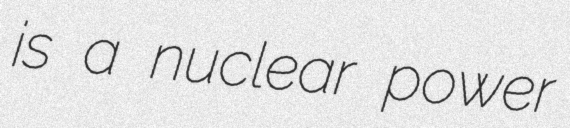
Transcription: is a nuclear power